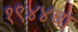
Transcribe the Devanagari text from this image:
१९४४चा